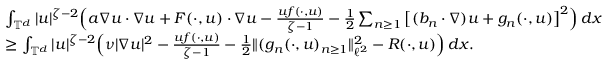
\begin{array} { r l } & { \int _ { { \mathbb T } ^ { d } } | u | ^ { \zeta - 2 } \Big ( a \nabla u \cdot \nabla u + F ( \cdot , u ) \cdot \nabla u - \frac { u f ( \cdot , u ) } { \zeta - 1 } - \frac 1 2 \sum _ { n \geq 1 } \big [ ( b _ { n } \cdot \nabla ) u + g _ { n } ( \cdot , u ) \big ] ^ { 2 } \Big ) \, d x } \\ & { \geq \int _ { { \mathbb T } ^ { d } } | u | ^ { \zeta - 2 } \Big ( \nu | \nabla u | ^ { 2 } - \frac { u f ( \cdot , u ) } { \zeta - 1 } - \frac { 1 } { 2 } \| ( g _ { n } ( \cdot , u ) _ { n \geq 1 } \| _ { \ell ^ { 2 } } ^ { 2 } - R ( \cdot , u ) \Big ) \, d x . } \end{array}